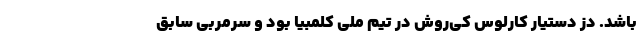
باشد. دز دستیار کارلوس کی‌روش در تیم ملی کلمبیا بود و سرمربی سابق